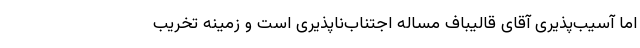
اما آسیب‌پذیری آقای قالیباف مساله اجتناب‌ناپذیری است و زمینه تخریب